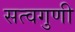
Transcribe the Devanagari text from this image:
सत्वगुणी